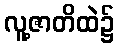
လူ့ဇာတိထဲ၌